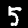
Label: 5